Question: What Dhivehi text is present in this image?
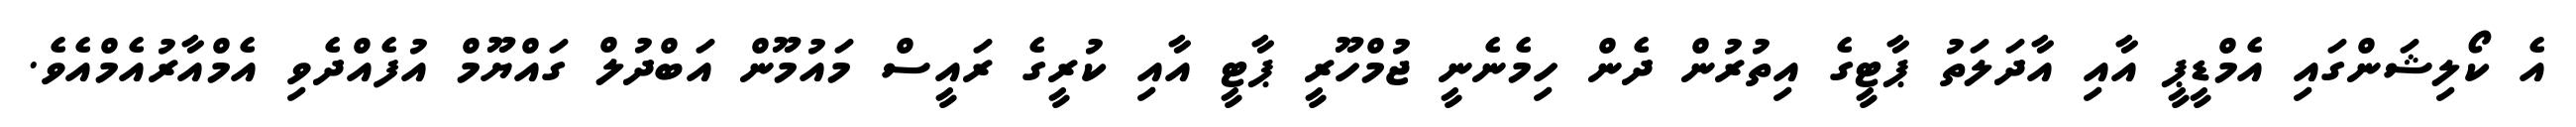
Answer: އެ ކޯލިޝަންގައި އެމްޑީޕީ އާއި އާދަލަތު ޕާޓީގެ އިތުރުން ދެން ހިމެނެނީ ޖުމްހޫރީ ޕާޓީ އާއި ކުރީގެ ރައީސް މައުމޫން އަބްދުލް ގައްޔޫމް އުފެއްދެވި އެމްއާރުއެމްއެވެ.